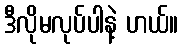
ဒီလိုမလုပ်ပါနဲ့ ဟယ်။